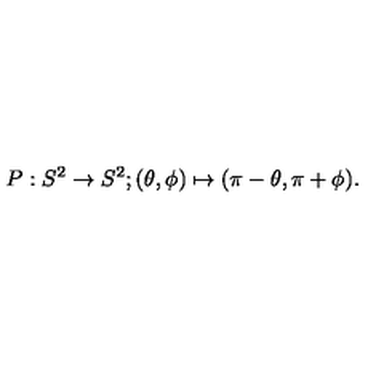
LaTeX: P : S ^ { 2 } \to S ^ { 2 } ; ( \theta , \phi ) \mapsto ( \pi - \theta , \pi + \phi ) .